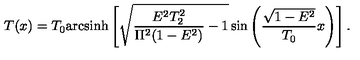
T ( x ) = T _ { 0 } \mathrm { a r c s i n h } \left[ \sqrt { \frac { E ^ { 2 } T _ { 2 } ^ { 2 } } { \Pi ^ { 2 } ( 1 - E ^ { 2 } ) } - 1 } \sin \left( \frac { \sqrt { 1 - E ^ { 2 } } } { T _ { 0 } } x \right) \right] .